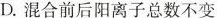
D.混合前后阳离子总数不变